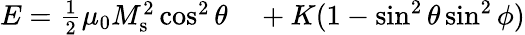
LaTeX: \begin{array}{rl}{E=\frac{1}{2}\mu_{0}M_{\mathrm{s}}^{2}\cos^{2}\theta}&{{}+K(1-\sin^{2}\theta\sin^{2}\phi)}\end{array}